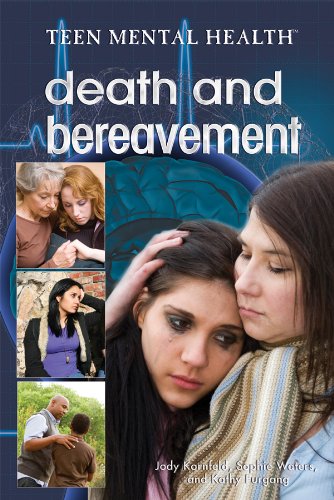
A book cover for Death and Bereavement (Teen Mental Health); Jody Kornfeld; Teen & Young Adult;